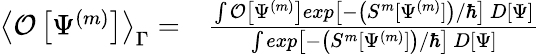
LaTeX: \begin{array}{rl}{\left<\mathcal O\left[\Psi^{(m)}\right]\right>_{\Gamma}=}&{\frac{\int\mathcal O\left[\Psi^{(m)}\right]exp\left[-\left(S^{m}[\Psi^{(m)}]\right)/\hbar\right]\, D\left[\Psi\right]}{\int exp\left[-\left(S^{m}[\Psi^{(m)}]\right)/\hbar\right]\, D\left[\Psi\right]}}\end{array}